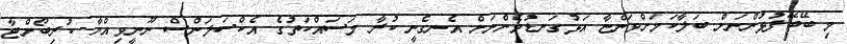
މި ބޭބޭފުޅުންނަށް ބަލާކަމަށްވަންޏާ އަޅުގަނޑުމެންނަށް އެނގެނީ ކުރާ މަސައްކަތުގެ އެކްސަލަންސް ނޫނީވިއްޔާ ކުރިބޯށްޓާ